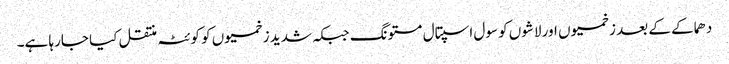
دھماکے کے بعد زخمیوں اور لاشوں کو سول اسپتال مستونگ جبکہ شدید زخمیوں کو کوئٹہ منتقل کیا جارہا ہے۔